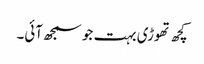
کچھ تھوڑی بہت جو سمجھ آئی۔